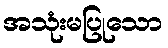
အသုံးမပြုသော